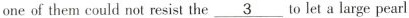
one of them could not resist the\underline{3} to let a large pearl